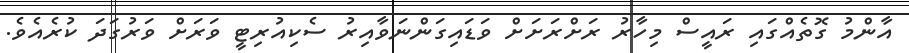
އާންމު ގޮތެއްގައި ރައީސް މިހާރު ރަށްރަށަށް ވަޑައިގަންނަވާއިރު ސެކިއުރިޓީ ވަރަށް ވަރުގަދަ ކުރެއެވެ.